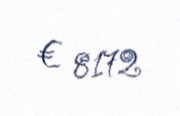
€ 8172